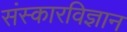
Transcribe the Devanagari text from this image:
संस्कारविज्ञान